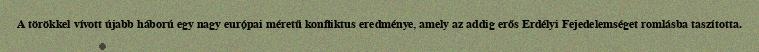
A törökkel vívott újabb háború egy nagy európai méretű konfliktus eredménye, amely az addig erős Erdélyi Fejedelemséget romlásba taszította.